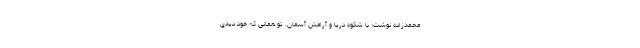
محمدزاده نوشت: با شکوهِ دریا و آرامشِ آسمان. تو همانی که خود دیدی